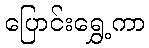
ပြောင်းရွှေ့ကာ